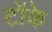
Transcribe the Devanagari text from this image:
टोंके